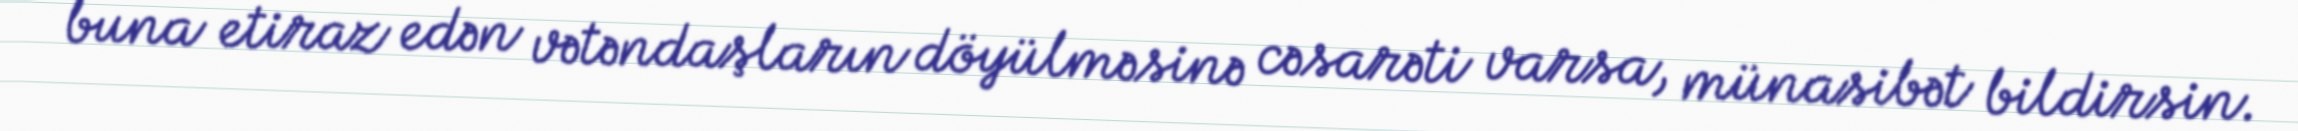
buna etiraz edən vətəndaşların döyülməsinə cəsarəti varsa, münasibət bildirsin.